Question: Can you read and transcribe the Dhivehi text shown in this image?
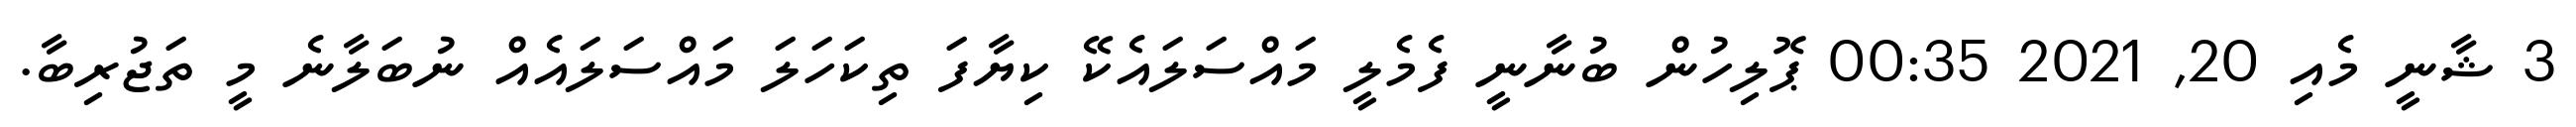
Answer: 3 ޝާނީ މެއި 20, 2021 00:35 ޕޮލިހުން ބުނާނީ ފެމެލީ މައްސަލައެކޭ ކިޔާފަ ތިކަހަލަ މައްސަލައެއް ނުބަލާނެ މީ ތަޖުރިބާ.